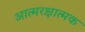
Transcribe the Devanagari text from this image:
आत्मरक्षात्मक